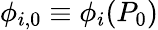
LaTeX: \phi_{i,0}\equiv\phi_{i}(P_{0})